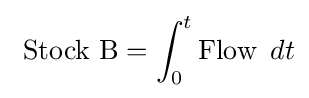
\ {\text{Stock B}}=\int _{0}^{t}{\text{Flow }}\,dt